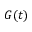
G ( t )